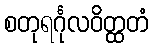
စတုရင်္ဂုလဝိတ္ထတံ